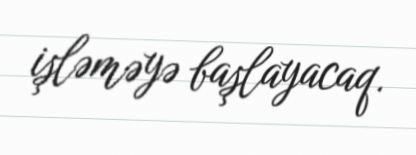
işləməyə başlayacaq.